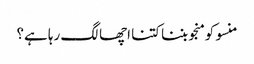
منسو کو منجو بننا کتنا اچھا لگ رہا ہے؟